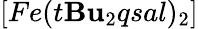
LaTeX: [Fe(t\mathbf{B}\mathbf{u}_{2}qsal)_{2}]